Civil Veterinary Department Bihar & Orissa reports 1922-29 - 1922-1929
Year: 1922
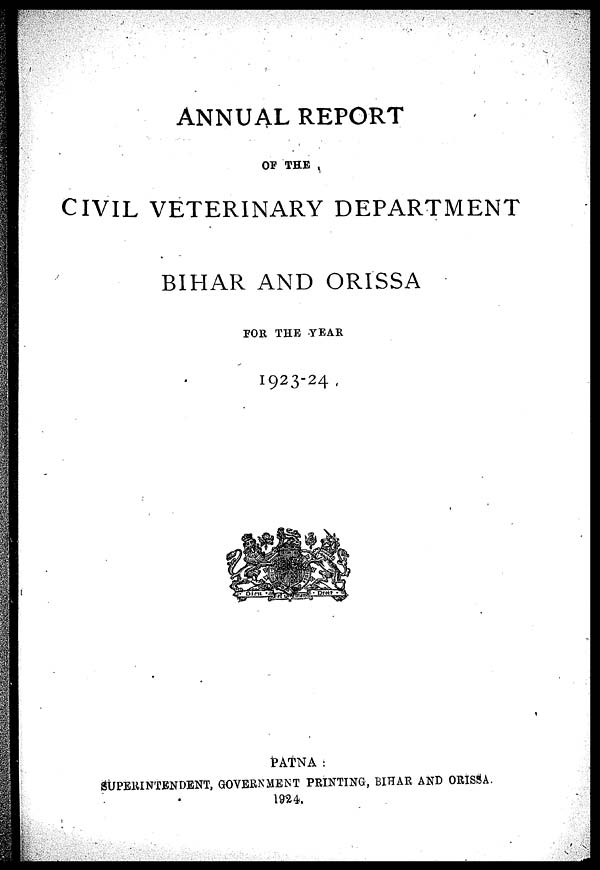
ANNUAL REPORT
OF THE
CIVIL VETERINARY DEPARTMENT
BIHAR AND ORISSA
FOR THE YEAR
1923-24
PATNA :
SUPERINTENDENT, GOVERNMENT PRINTING, BIHAR AND ORISSA.
1924